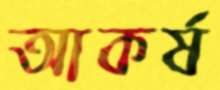
আকর্ষ